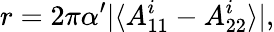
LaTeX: r=2\pi\alpha^{\prime}\vert\langle A_{11}^{i}-A_{22}^{i}\rangle\vert,